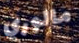
مالوري